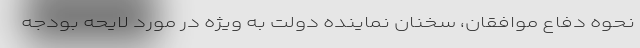
نحوه دفاع موافقان، سخنان نماینده دولت به ویژه در مورد لایحه بودجه